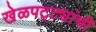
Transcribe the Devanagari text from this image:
खेळपट्ट्यांची